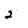
Character: 2